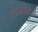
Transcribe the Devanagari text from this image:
संगमबिंदुओं